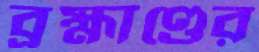
ব্রহ্মাণ্ডের